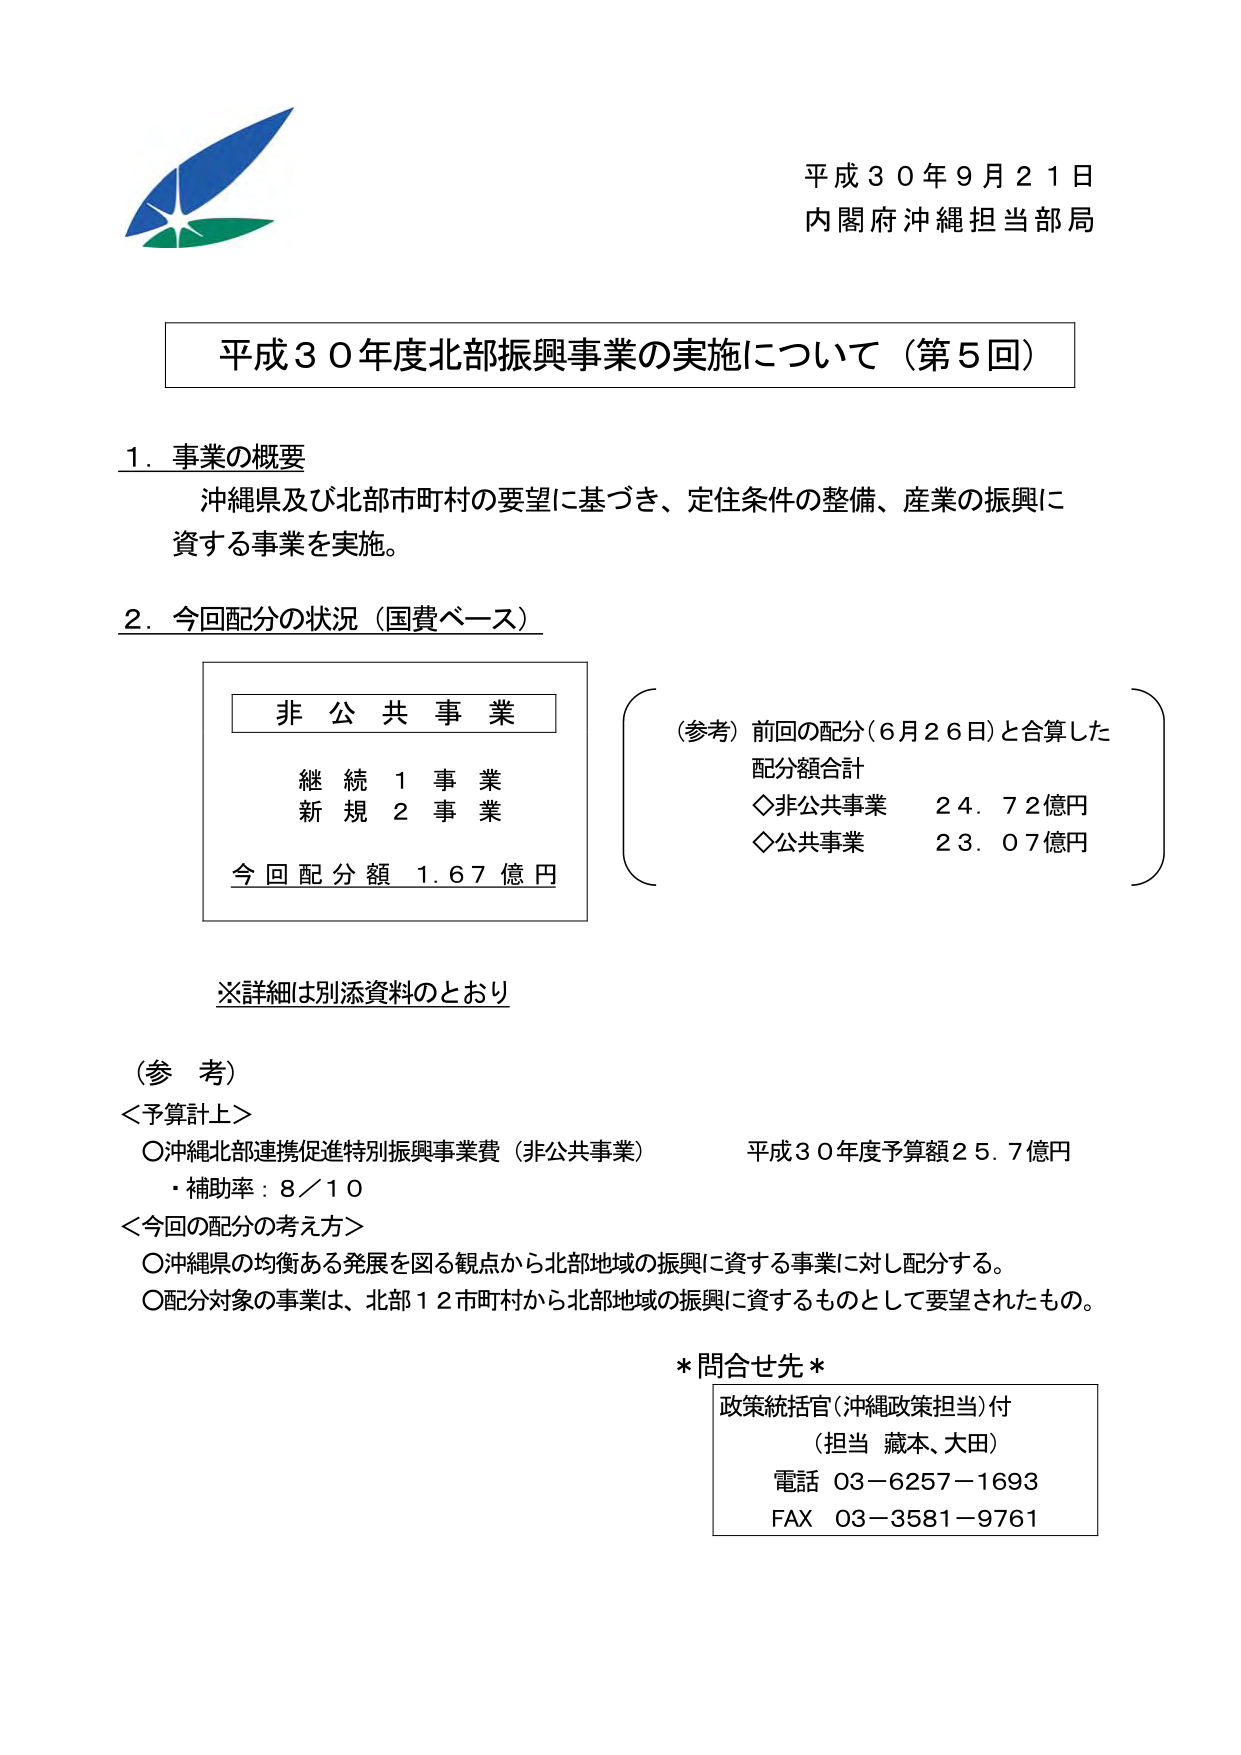
平成３０年９月２１日
内閣府沖縄担当部局

平成３０年度北部振興事業の実施について（第５回）

１．事業の概要
沖縄県及び北部市町村の要望に基づき、定住条件の整備、産業の振興に
資する事業を実施。

２．今回配分の状況（国費ベース）

　　非公共事業
　　継続１事業
　　新規２事業
　　今回配分額 1.67億円

　　（参考）前回の配分（6月26日）と合算した
　　　　　配分額合計
　　　　　◇非公共事業　24.72億円
　　　　　◇公共事業　　23.07億円

※詳細は別添資料のとおり

（参考）
＜予算計上＞
○沖縄北部連携促進特別振興事業費（非公共事業）　平成３０年度予算額25.7億円
　・補助率：8／10

＜今回の配分の考え方＞
○沖縄県の均衡ある発展を図る観点から北部地域の振興に資する事業に対し配分する。
○配分対象の事業は、北部12市町村から北部地域の振興に資するものとして要望されたもの。

＊問合せ先＊
政策統括官（沖縄政策担当）付
（担当 藏本、大田）
電話 03－6257－1693
FAX 03－3581－9761